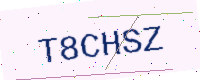
Text: T8CHSZ